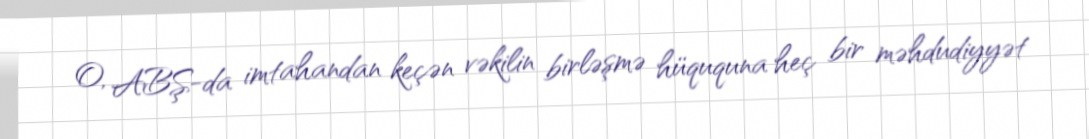
O, ABŞ-da imtahandan keçən vəkilin birləşmə hüququna heç bir məhdudiyyət